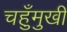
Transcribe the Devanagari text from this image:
चहुँमुखी